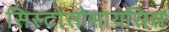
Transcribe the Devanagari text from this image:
सिस्टोसोमायसिस